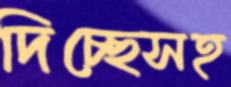
দিচ্ছেসহ